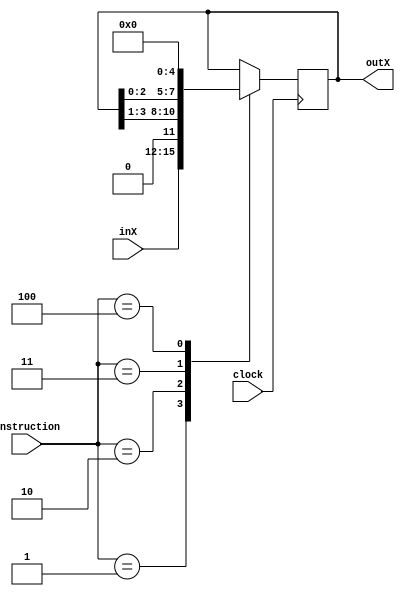
module registerX(clock, instruction, inX, outX);

input wire clock;
input wire [2:0] instruction;
input wire [3:0] inX;
output reg [3:0] outX;

parameter HOLD = 3'b000;
parameter LOAD = 3'b001;
parameter SHIFTR = 3'b010;
parameter SHIFTL = 3'b011;
parameter RESET = 3'b100;

always @(posedge clock)begin
	case(instruction)
		HOLD:
			outX <= outX;
		LOAD:
			outX <= inX;
		SHIFTR:
			outX <= outX >> 1;
		SHIFTL:
			outX <= outX << 1;
		RESET:
			outX <= 4'b0000;
	endcase
end
endmodule